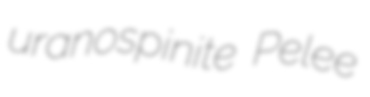
uranospinite Pelee